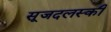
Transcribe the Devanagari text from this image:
सूजदलस्की